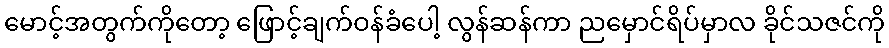
မောင့်အတွက်ကိုတော့ ဖြောင့်ချက်ဝန်ခံပေါ့ လွန်ဆန်ကာ ညမှောင်ရိပ်မှာလ ခိုင်သဇင်ကို